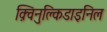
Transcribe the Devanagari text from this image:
क़्विनुक्लिडाइनिल